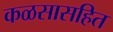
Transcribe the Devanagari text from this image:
कळसासहित